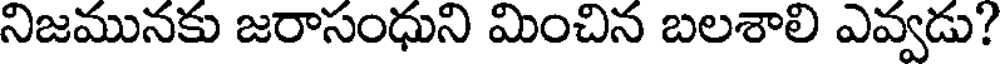
నిజమునకు జరాసంధుని మించిన బలశాలి ఎవ్వడు?